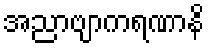
အညာဗျာကရဏာနိ